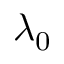
\lambda _ { 0 }